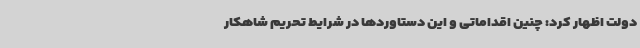
دولت اظهار کرد: چنین اقداماتی و این دستاوردها در شرایط تحریم شاهکار